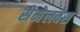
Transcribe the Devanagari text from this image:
सेमेलवेस